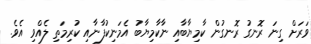
ވަރަށް ގިނަ ރޮނގު ރޮނގުން ކާމިޔާބާއި ނާކާމިޔާބު އެމަނިކުފާނާއި ކުރިމަތި ލެއްވި އެވެ.